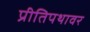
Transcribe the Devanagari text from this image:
प्रीतिपथावर